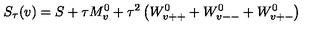
S _ { \tau } ( v ) = S + \tau M _ { v } ^ { 0 } + \tau ^ { 2 } \left( W _ { v + + } ^ { 0 } + W _ { v -- } ^ { 0 } + W _ { v + - } ^ { 0 } \right)